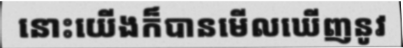
នោះយើងក៏បានមើលឃើញនូវ